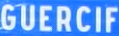
GUERCIF